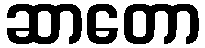
ဆာတော